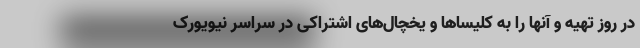
در روز تهیه و آنها را به کلیساها و یخچال‌های اشتراکی در سراسر نیویورک